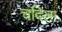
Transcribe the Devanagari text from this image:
चंदिला